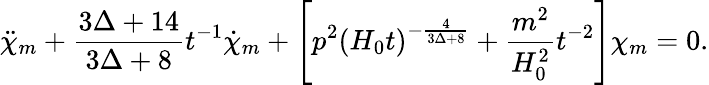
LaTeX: \ddot{\chi}_{m}+\frac{3\Delta+14}{3\Delta+8}t^{-1}\dot{\chi}_{m}+\left[p^{2}\left(H_{0}t\right)^{-\frac{4}{3\Delta+8}}+\frac{m^{2}}{H_{0}^{2}}t^{-2}\right]\chi_{m}=0.